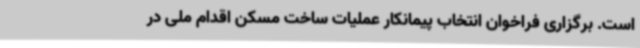
است. برگزاری فراخوان انتخاب پیمانکار عملیات ساخت مسکن اقدام ملی در